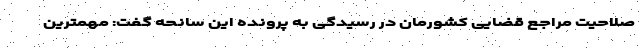
صلاحیت مراجع قضایی کشورمان در رسیدگی به پرونده این سانحه گفت: مهمترین